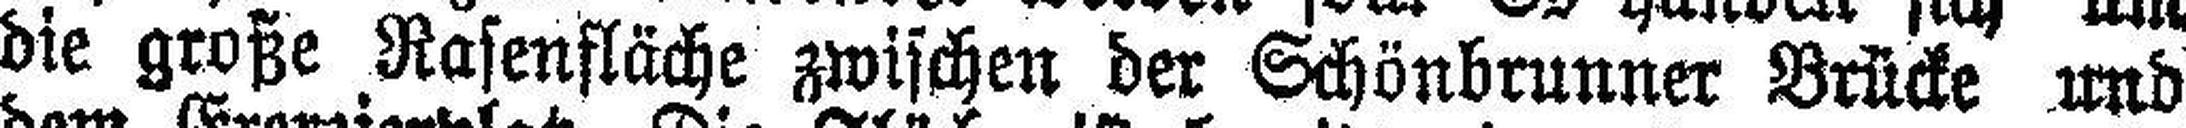
die große Rasenfläche zwischen der Schönbrunner Brücke und